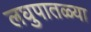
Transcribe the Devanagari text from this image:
लघुपातळ्या